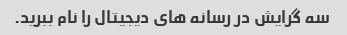
سه گرایش در رسانه های دیجیتال را نام ببرید.